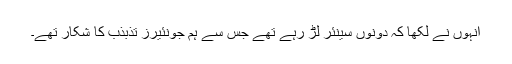
انہوں نے لکھا کہ دونوں سینئر لڑ رہے تھے جس سے ہم جونئیرز تذبذب کا شکار تھے۔